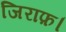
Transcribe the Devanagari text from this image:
जिराफ़।